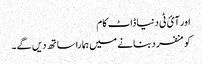
اور آئ ٹی دنیا ڈاٹ کام
کو منفرد بنانے میں ہمارا ساتھ دیں گے۔